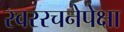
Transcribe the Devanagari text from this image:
स्वररचनेपेक्षा